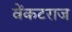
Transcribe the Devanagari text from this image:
वेंकटराज